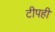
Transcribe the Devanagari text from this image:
टीपही